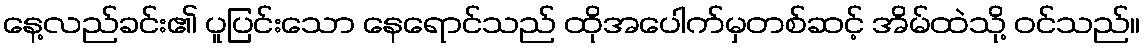
နေ့လည်ခင်း၏ ပူပြင်းသော နေရောင်သည် ထိုအပေါက်မှတစ်ဆင့် အိမ်ထဲသို့ ဝင်သည်။